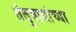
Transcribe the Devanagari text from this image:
तंतुवाद्यांच्या